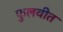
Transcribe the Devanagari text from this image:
फुलवीत